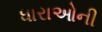
ધારાઓની